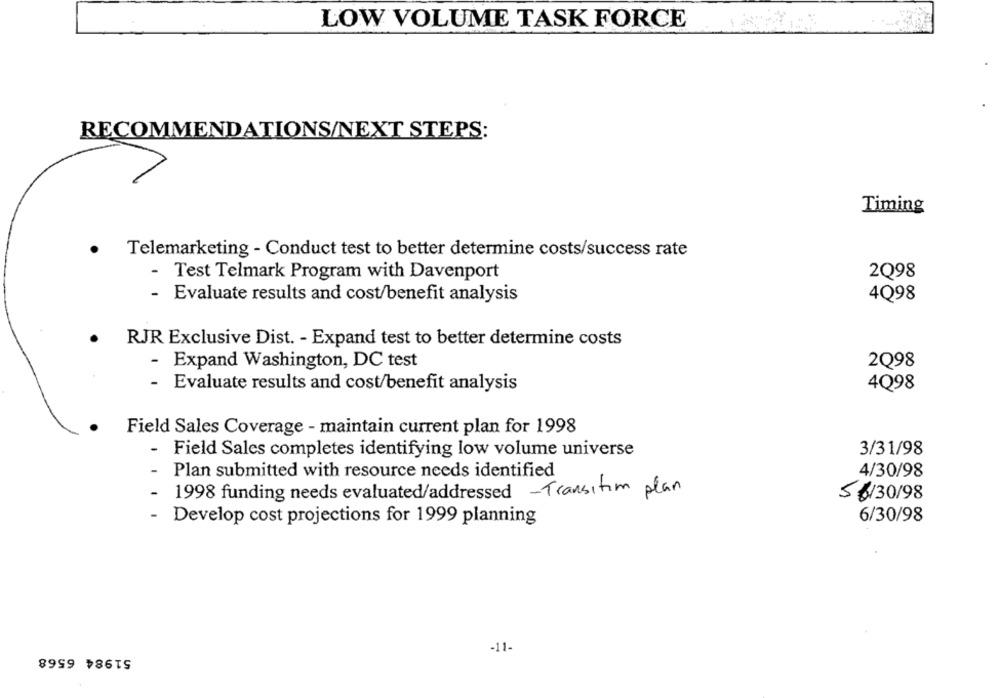
LOW VOLUME TASK FORCE
RECOMMENDATIONS/NEXT STEPS:
Timing
.
Telemarketing - Conduct test to better determine costs/success rate
-
Test Telmark Program with Davenport
2Q98
-
Evaluate results and cost/benefit analysis
4Q98
RJR Exclusive Dist. - Expand test to better determine costs
-
Expand Washington, DC test
2Q98
Evaluate results and cost/benefit analysis
4Q98
Field Sales Coverage - maintain current plan for 1998
-
Field Sales completes identifying low volume universe
3/31/98
Plan submitted with resource needs identified
4/30/98
1998 funding needs evaluated/addressed -Transitim plan
5 6/30/98
- Develop cost projections for 1999 planning
6/30/98
-11-
51984 6568